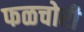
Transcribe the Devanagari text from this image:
फळचोरी